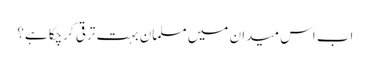
اب اس میدان میں مسلمان بہت ترقی کرچکا ہے؟